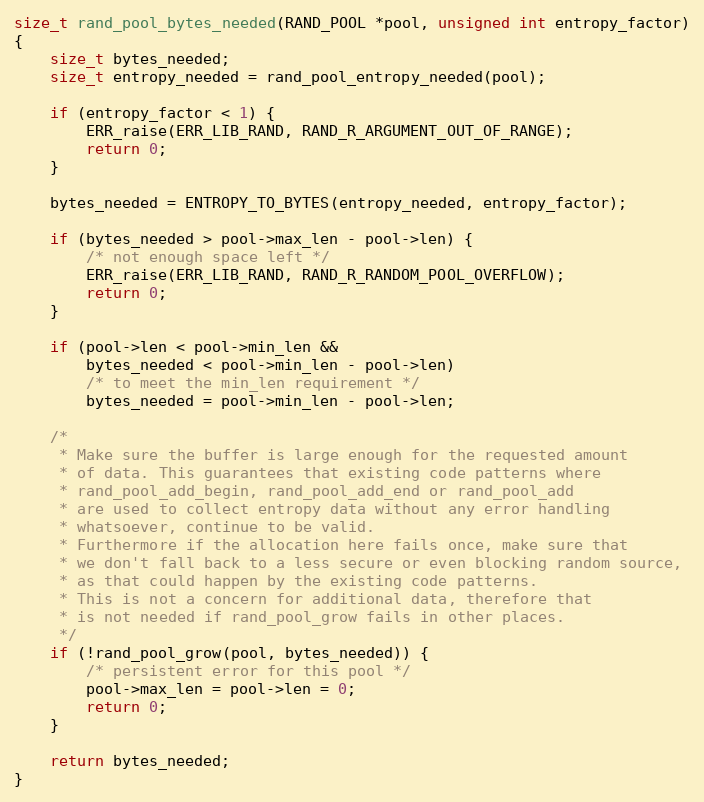
Language: C
size_t rand_pool_bytes_needed(RAND_POOL *pool, unsigned int entropy_factor)
{
    size_t bytes_needed;
    size_t entropy_needed = rand_pool_entropy_needed(pool);

    if (entropy_factor < 1) {
        ERR_raise(ERR_LIB_RAND, RAND_R_ARGUMENT_OUT_OF_RANGE);
        return 0;
    }

    bytes_needed = ENTROPY_TO_BYTES(entropy_needed, entropy_factor);

    if (bytes_needed > pool->max_len - pool->len) {
        /* not enough space left */
        ERR_raise(ERR_LIB_RAND, RAND_R_RANDOM_POOL_OVERFLOW);
        return 0;
    }

    if (pool->len < pool->min_len &&
        bytes_needed < pool->min_len - pool->len)
        /* to meet the min_len requirement */
        bytes_needed = pool->min_len - pool->len;

    /*
     * Make sure the buffer is large enough for the requested amount
     * of data. This guarantees that existing code patterns where
     * rand_pool_add_begin, rand_pool_add_end or rand_pool_add
     * are used to collect entropy data without any error handling
     * whatsoever, continue to be valid.
     * Furthermore if the allocation here fails once, make sure that
     * we don't fall back to a less secure or even blocking random source,
     * as that could happen by the existing code patterns.
     * This is not a concern for additional data, therefore that
     * is not needed if rand_pool_grow fails in other places.
     */
    if (!rand_pool_grow(pool, bytes_needed)) {
        /* persistent error for this pool */
        pool->max_len = pool->len = 0;
        return 0;
    }

    return bytes_needed;
}